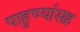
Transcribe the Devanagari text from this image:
पाहुण्यांसह